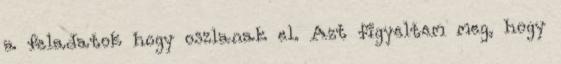
a feladatok hogy oszlanak el. Azt figyeltem meg, hogy